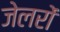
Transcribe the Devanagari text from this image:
जेलरों